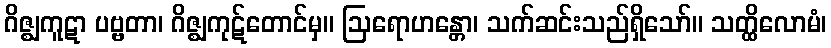
ဂိဇ္ဈကူဋာ ပဗ္ဗတာ၊ ဂိဇ္ဈကုဋ်တောင်မှ။ ဩရောဟန္တော၊ သက်ဆင်းသည်ရှိသော်။ သတ္ထိလောမံ၊